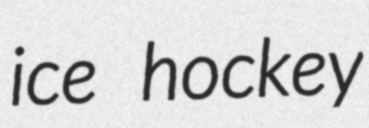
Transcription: ice hockey